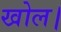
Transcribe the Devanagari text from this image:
खोल।